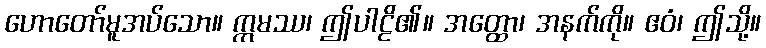
ဟောတော်မူအပ်သော။ ဣမဿ၊ ဤပါဠိ၏။ အတ္ထော၊ အနက်ကို။ ဧဝံ၊ ဤသို့။